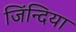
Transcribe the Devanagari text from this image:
जिंन्दिया